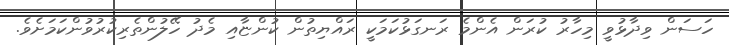
ހަސަން ވިދާޅުވީ މިހާރު ކުރަން އެންމެ ރަނގަޅުކަމަކީ ރައްޔިތުން ކުންޏާއި މެދު ހޭލުންތެރިކުރުވުންކަމަށެވެ.